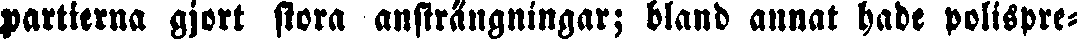
partierna gjort stora ansträngningar; bland annat hade polispre-